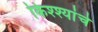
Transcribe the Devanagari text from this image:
किश्श्यांचे